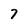
Character: 7